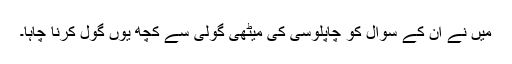
میں نے ان کے سوال کو چاپلوسی کی میٹھی گولی سے کچھ یوں گول کرنا چاہا۔